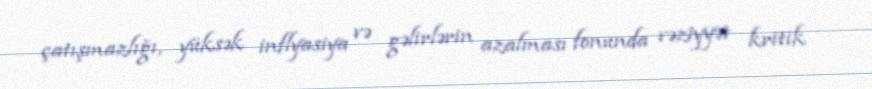
çatışmazlığı, yüksək inflyasiya və gəlirlərin azalması fonunda vəziyyət kritik